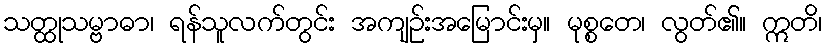
သတ္ထုသမ္ဗာဓာ၊ ရန်သူလက်တွင်း အကျဉ်းအမြောင်းမှ။ မုစ္စတေ၊ လွတ်၏။ ဣတိ၊